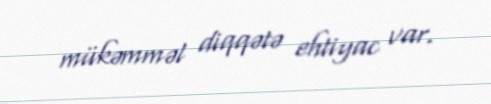
mükəmməl diqqətə ehtiyac var.